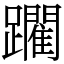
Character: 躙